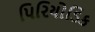
પિરિયોડિક